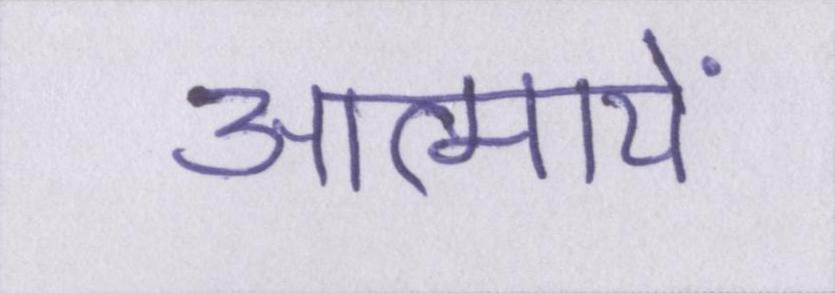
आत्मायें